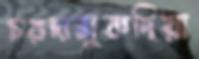
চরদামুকদিয়া